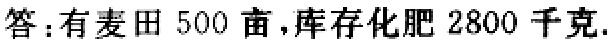
答：有麦田 500 亩，库存化肥 2800 千克.